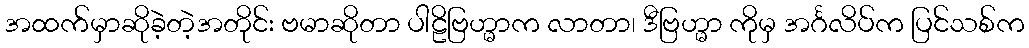
အထက်မှာဆိုခဲ့တဲ့အတိုင်း ဗမာဆိုတာ ပါဠိဗြဟ္မာက လာတာ၊ ဒီဗြဟ္မာ ကိုမှ အင်္ဂလိပ်က ပြင်သစ်က